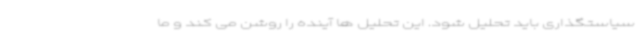
سیاستگذاری باید تحلیل شود. این تحلیل ها آینده را روشن می کند و ما